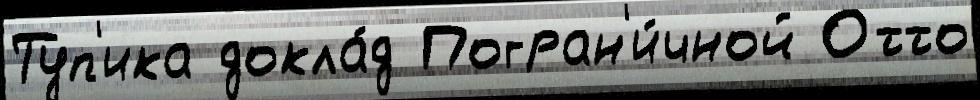
Туп'ика докла́д Погран'и́чной Отто